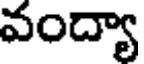
వంద్యా